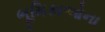
ભૂમિકાઓના